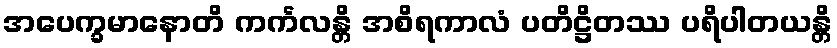
အပေက္ခမာနောတိ ကင်္ကလန္တိ အစိရကာလံ ပတိဋ္ဌိတဿ ပရိပါတယန္တိ